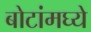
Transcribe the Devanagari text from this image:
बोटांमघ्ये